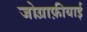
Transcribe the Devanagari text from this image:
जोग़्राफ़ीयाई